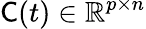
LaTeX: {\sf C}(t)\in\mathbb{R}^{p\times n}